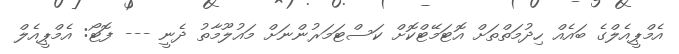
އެމްޕީއެލްގެ ބައެއް ހިދުމަތްތަށް އޮޓަމޭޓްކޮށް ކަސްޓަމަރުންނަށް މައުލޫމާތު ދެނީ --- ފޮޓޯ: އެމްޕީއެލް